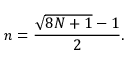
n = { \frac { { \sqrt { 8 N + 1 } } - 1 } { 2 } } .